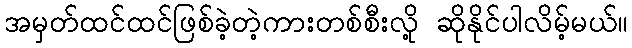
အမှတ်ထင်ထင်ဖြစ်ခဲ့တဲ့ကားတစ်စီးလို့ ဆိုနိုင်ပါလိမ့်မယ်။